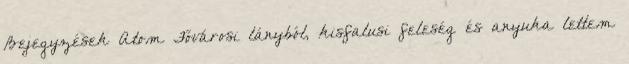
Bejegyzések Atom Fővárosi lányból, kisfalusi feleség és anyuka lettem